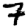
Digit: 7